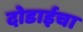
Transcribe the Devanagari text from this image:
दोडाईचा